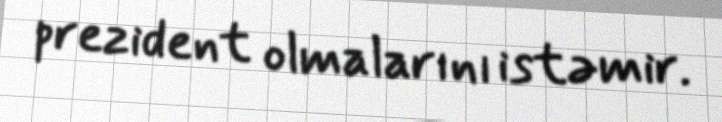
prezident olmalarını istəmir.